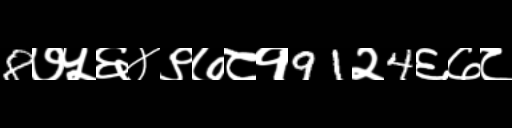
Text: 8७५६४९७८१91२4६७८